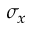
\sigma _ { x }